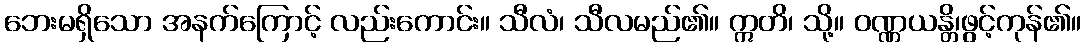
ဘေးမရှိသော အနက်ကြောင့် လည်းကောင်း။ သီလံ၊ သီလမည်၏။ ဣတိ၊ သို့။ ဝဏ္ဏယန္တိ၊ဖွင့်ကုန်၏။